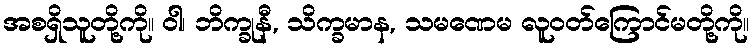
အစရှိသူတို့ကို။ ဝါ၊ ဘိက္ခုနီ, သိက္ခမာန, သမဏေမ လူဝတ်ကြောင်မတို့ကို။